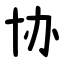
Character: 协